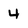
Character: 4